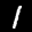
Label: 1